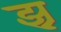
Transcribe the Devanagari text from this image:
झ्र